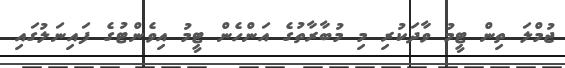
ޖުމްލަ ތިން ޓީމު ވާދަކުރި މި މުބާރާތުގެ އަންހެން ޓީމު އިވެންޓުގެ ފައިނަލުގައި